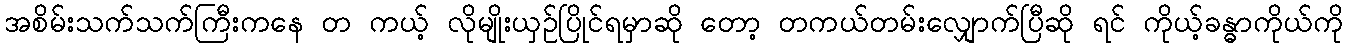
အစိမ်းသက်သက်ကြီးကနေ တ ကယ့် လိုမျိုးယှဉ်ပြိုင်ရမှာဆို တော့ တကယ်တမ်းလျှောက်ပြီဆို ရင် ကိုယ့်ခန္ဓာကိုယ်ကို